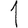
Digit: 1